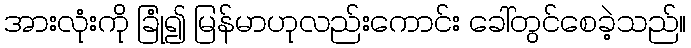
အားလုံးကို ခြုံ၍ မြန်မာဟုလည်းကောင်း ခေါ်တွင်စေခဲ့သည်။